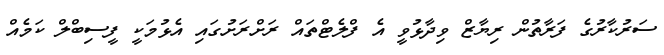
ސަރުކާރުގެ ފަރާތުން ރިޔާޒް ވިދާޅުވީ އެ ފްލެޓްތައް ރަށްރަށުގައި އެޅުމަކީ ފީސިބްލް ކަމެއް